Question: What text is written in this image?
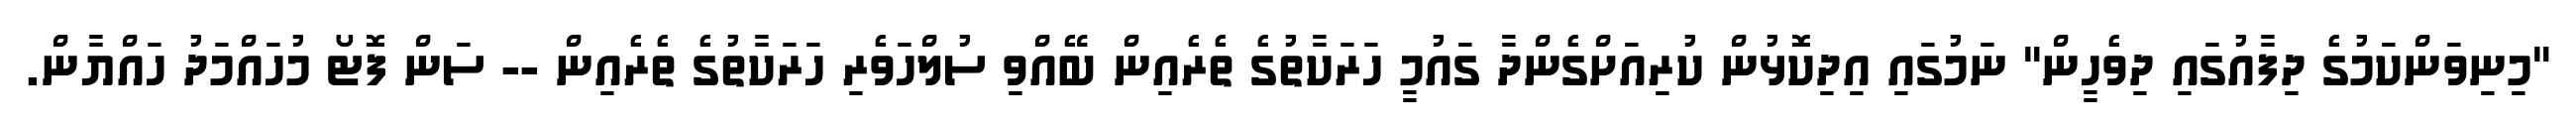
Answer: "މިނިވަންކަމުގެ ދިފާއުގައި ދިވެހީން" ނަމުގައި އިދިކޮޅުން ކުރިއަށްގެންދާ ގައުމީ ހަރަކާތުގެ ތެރެއިން ބޭއްވި ސުލްހަވެރި ހަރަކާތުގެ ތެރެއިން -- ސަން ފޮޓޯ މުހައްމަދު ހައްޔާން.